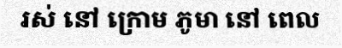
រស់ នៅ ក្រោម ភូមា នៅ ពេល